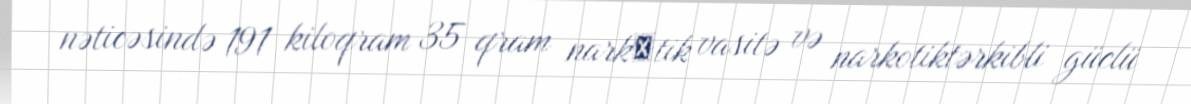
nəticəsində 191 kiloqram 35 qram narkоtik vasitə və narkotiktərkibli güclü